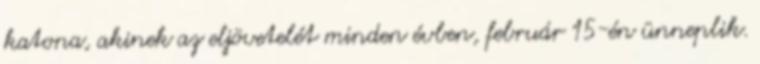
katona, akinek az eljövetelét minden évben, február 15-én ünneplik.